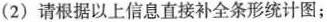
(2)请根据以上信息直接补全条形统计图；